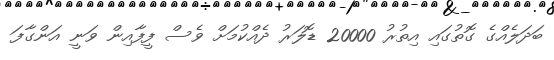
ބަދަލެއްގެ ގޮތުގައި އިތުރު 20000 ޑޮލަރު ދެއްކުމަށް ވެސް ފީފާއިން ވަނީ އަންގާފަ